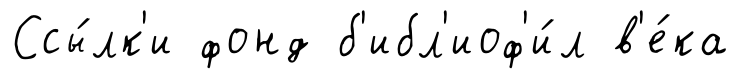
Ссы́лк'и фонд б'ибл'иоф'и́л в'е́ка